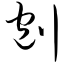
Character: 刨